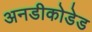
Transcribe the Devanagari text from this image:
अनडीकोडेड